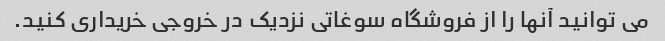
می توانید آنها را از فروشگاه سوغاتی نزدیک در خروجی خریداری کنید.